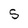
Character: 5